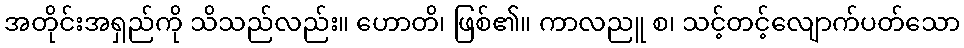
အတိုင်းအရှည်ကို သိသည်လည်း။ ဟောတိ၊ ဖြစ်၏။ ကာလညူ စ၊ သင့်တင့်လျောက်ပတ်သော